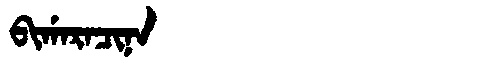
Manchu: ᠪᡳᡤᠠᡵᠠᠴᡳᠨᠠ
Romanization: BIGARACINA